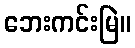
ဘေးကင်းမြဲ။